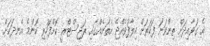
އެ ގަވާއިދަށް ތިންވަނަ ފަހަރަށް ހިލާފުވެއްޖެ އެތަނެއްގައި ރަޖިސްޓްރީ ކޮށްފަހުރި ކޮންމެ އެނދަކަށް